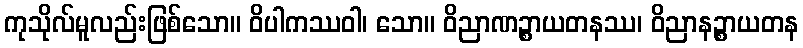
ကုသိုလ်မူလည်းဖြစ်သော။ ဝိပါကဿဝါ၊ သော။ ဝိညာဏဉ္စာယတနဿ၊ ဝိညာနဉ္စာယတန